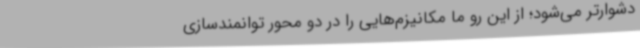
دشوارتر می‌شود؛ از این رو ما مکانیزم‌هایی را در دو محور توانمندسازی